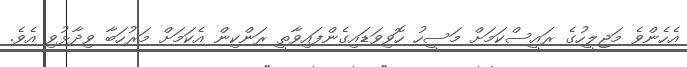
އެހެންވެ މަޖިލީހުގެ ރައީސްކަމަށް މަސީހު ހޮވިވަޑައިގެންފައިވާތީ ރަންކިން އެކަމަށް މަރުހަބާ ވިދާޅުވި އެވެ.